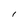
Character: 1